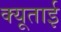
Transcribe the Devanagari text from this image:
क्यूताई